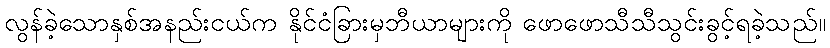
လွန်ခဲ့သောနှစ်အနည်းငယ်က နိုင်ငံခြားမှဘီယာများကို ဖောဖောသီသီသွင်းခွင့်ရခဲ့သည်။